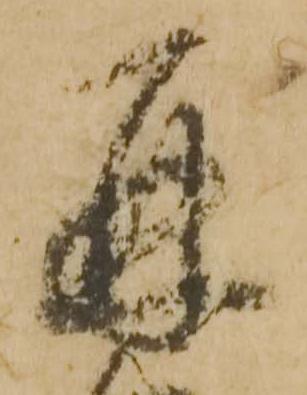
再